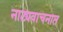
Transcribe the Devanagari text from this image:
नाट्यवाचनात